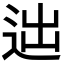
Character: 𨒞